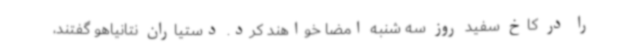
را در کاخ سفید روز سه شنبه امضا خواهند کرد. دستیاران نتانیاهو گفتند،